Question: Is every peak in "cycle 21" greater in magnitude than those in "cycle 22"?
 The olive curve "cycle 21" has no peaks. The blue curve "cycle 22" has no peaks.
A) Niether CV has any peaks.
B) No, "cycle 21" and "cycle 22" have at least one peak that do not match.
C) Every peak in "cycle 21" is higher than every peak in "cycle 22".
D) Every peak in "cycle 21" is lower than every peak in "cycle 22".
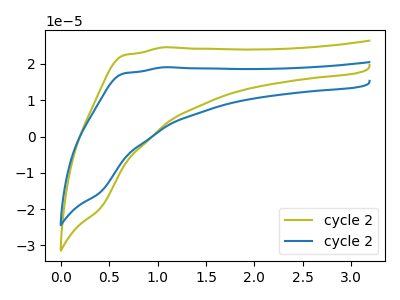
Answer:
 <answer>A) Niether CV has any peaks.</answer>
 <eval>A</eval>